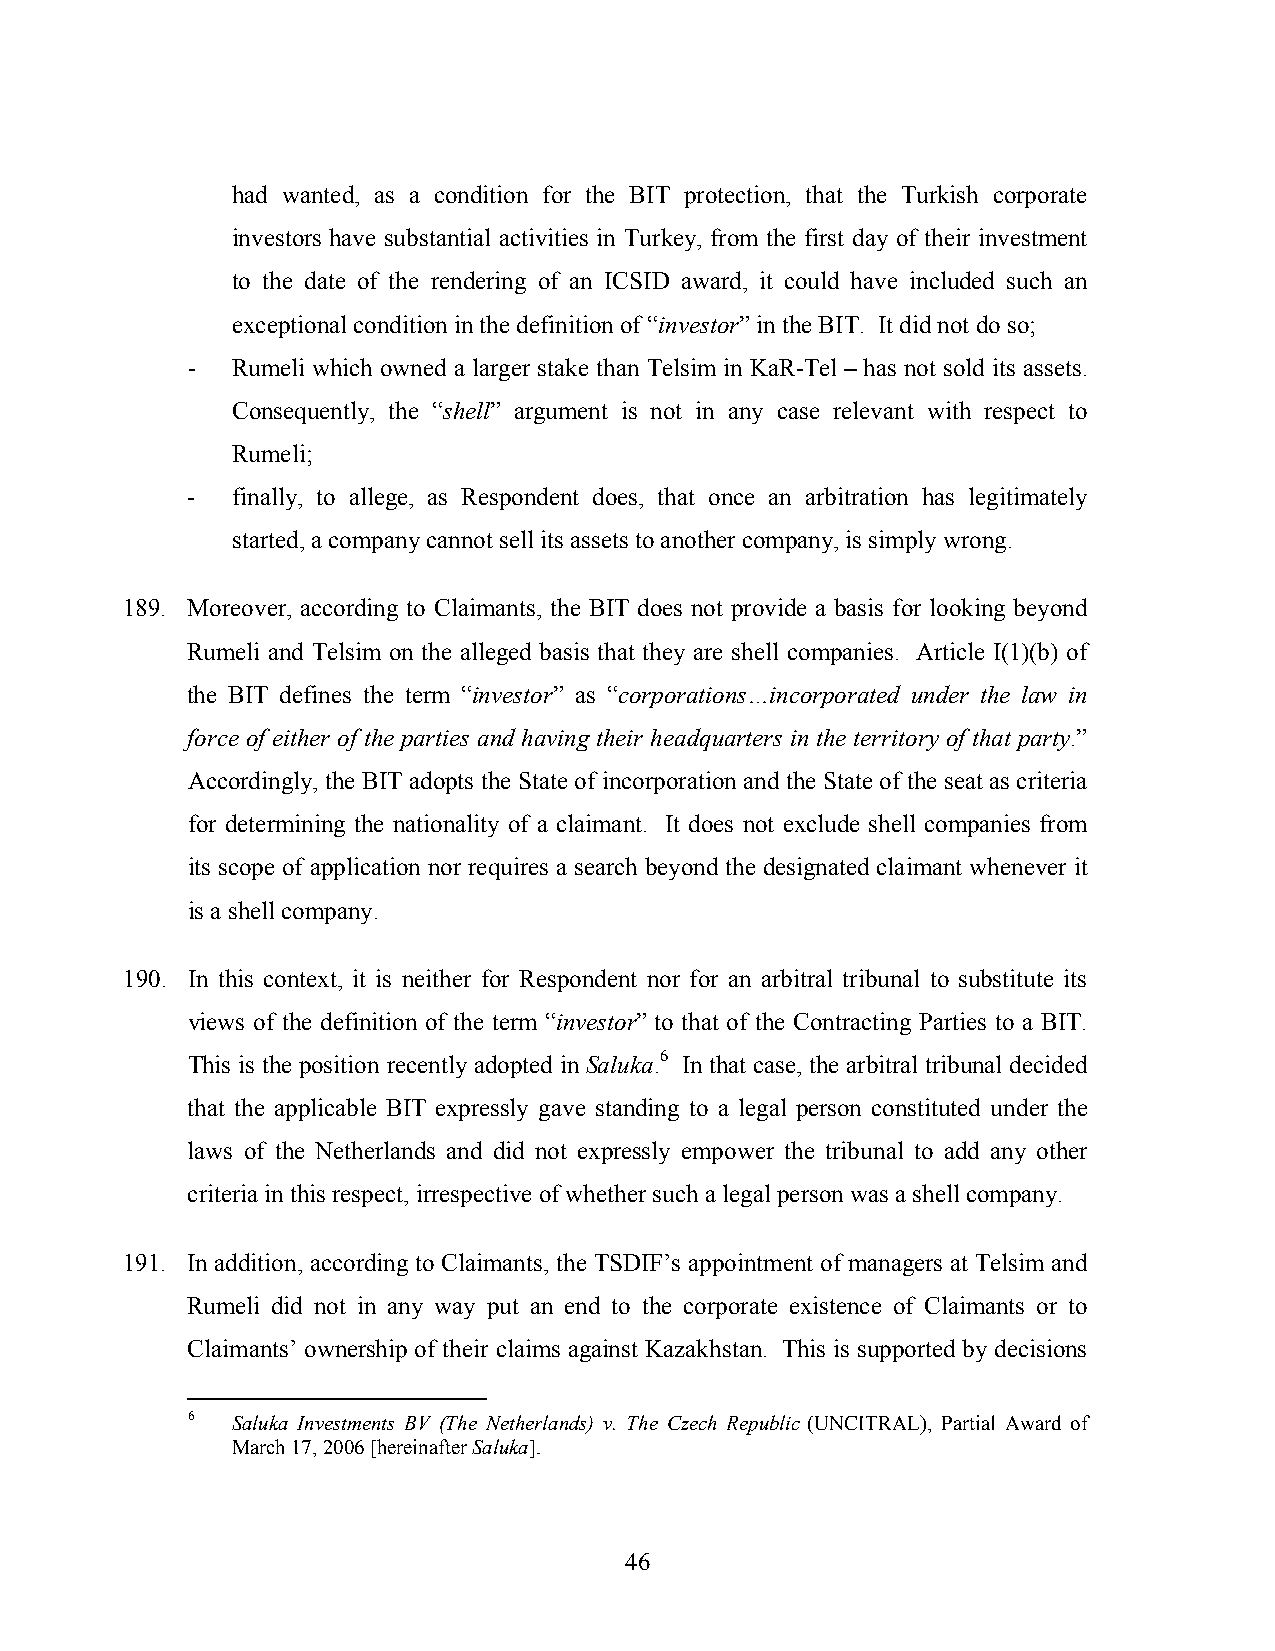
had wanted, as a condition for the BIT protection, that the Turkish corporate
 investors have substantial activities in Turkey, from the first day of their investment
 to the date of the rendering of an ICSID award, it could have included such an
 exceptional condition in the definition of “investor” in the BIT. It did not do so;
 -  Rumeli which owned a larger stake than Telsim in KaR-Tel – has not sold its assets.
 Consequently, the “shell” argument is not in any case relevant with respect to
 Rumeli;
 -  finally, to allege, as Respondent does, that once an arbitration has legitimately
 started, a company cannot sell its assets to another company, is simply wrong.
 189. Moreover, according to Claimants, the BIT does not provide a basis for looking beyond
 Rumeli and Telsim on the alleged basis that they are shell companies. Article I(1)(b) of
 the BIT defines the term “investor” as “corporations…incorporated under the law in
 force of either of the parties and having their headquarters in the territory of that party.”
 Accordingly, the BIT adopts the State of incorporation and the State of the seat as criteria
 for determining the nationality of a claimant. It does not exclude shell companies from
 its scope of application nor requires a search beyond the designated claimant whenever it
 is a shell company.
 190. In this context, it is neither for Respondent nor for an arbitral tribunal to substitute its
 views of the definition of the term “investor” to that of the Contracting Parties to a BIT.
 This is the position recently adopted in Saluka.6 In that case, the arbitral tribunal decided
 that the applicable BIT expressly gave standing to a legal person constituted under the
 laws of the Netherlands and did not expressly empower the tribunal to add any other
 criteria in this respect, irrespective of whether such a legal person was a shell company.
 191. In addition, according to Claimants, the TSDIF’s appointment of managers at Telsim and
 Rumeli did not in any way put an end to the corporate existence of Claimants or to
 Claimants’ ownership of their claims against Kazakhstan. This is supported by decisions
 6  Saluka Investments BV (The Netherlands) v. The Czech Republic (UNCITRAL), Partial Award of
 March 17, 2006 [hereinafter Saluka].
 46